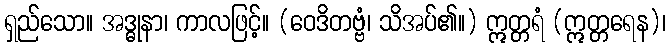
ရှည်သော။ အဒ္ဓုနာ၊ ကာလဖြင့်။ (ဝေဒိတဗ္ဗံ၊ သိအပ်၏။) ဣတ္တရံ (ဣတ္တရေန)၊